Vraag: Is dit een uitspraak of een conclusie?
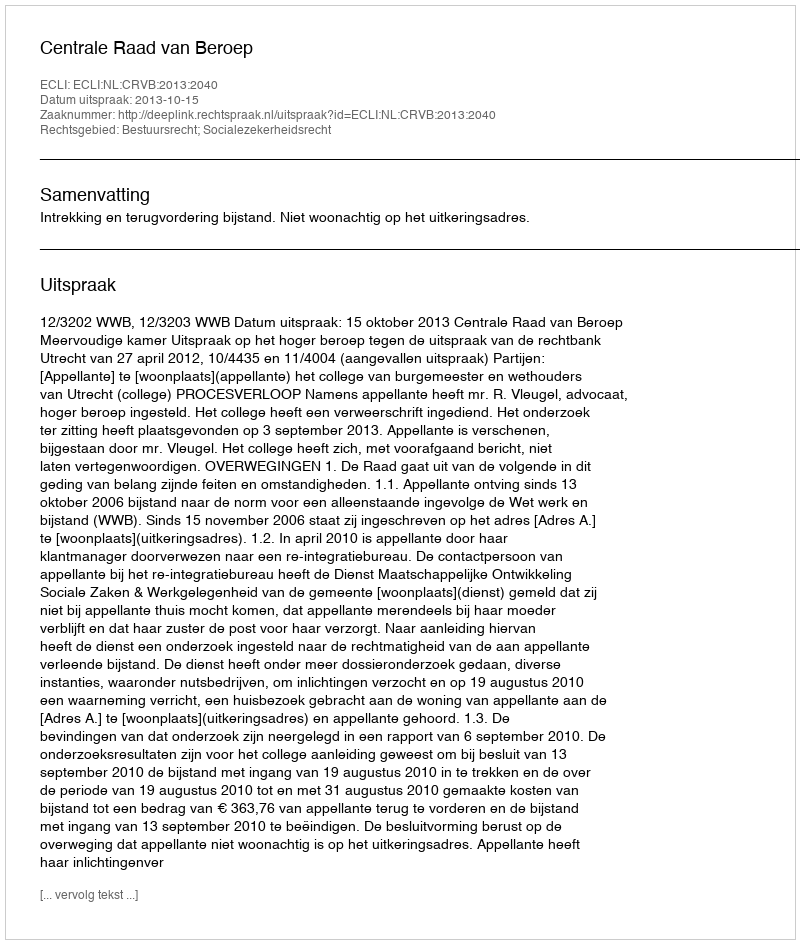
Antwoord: Uitspraak